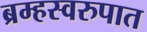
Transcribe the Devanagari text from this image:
ब्रम्हस्वरुपात